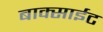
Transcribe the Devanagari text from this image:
बाक्साईट